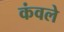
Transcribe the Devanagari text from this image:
कंवले